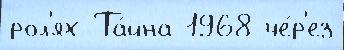
рол'ях Та́йна 1968 че́р'ез